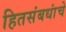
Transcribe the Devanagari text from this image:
हितसंबधांचे